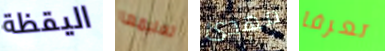
اليقظة تعليمها مهدئ تعرفا